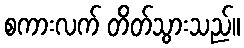
စကားလက် တိတ်သွားသည်။